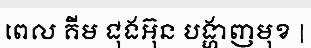
ពេល គីម ជុងអ៊ុន បង្ហាញមុខ |